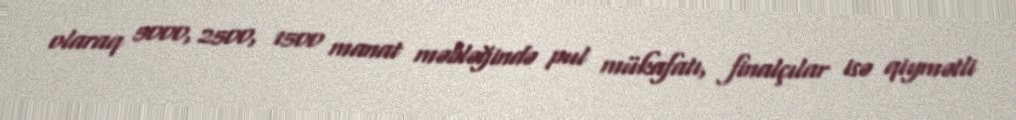
olaraq 5000, 2500, 1500 manat məbləğində pul mükafatı, finalçılar isə qiymətli